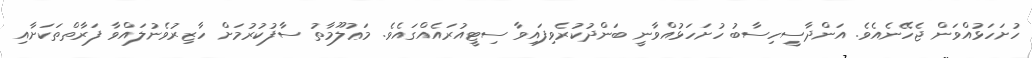
ހުށަހަޅުއްވަން ޖެހޭނެއެވެ. އަންދާސީހިސާބު ހުށަހަޅުއްވާނީ ބަންދުކުރެވިފައިވާ ސިޓީއުރައެއްގައެވެ. މަޢުލޫމާތު ސާފުކުރުމަށް ހާޒިރުވެނުލައްވާ ފަރާތްތަކަށާއި